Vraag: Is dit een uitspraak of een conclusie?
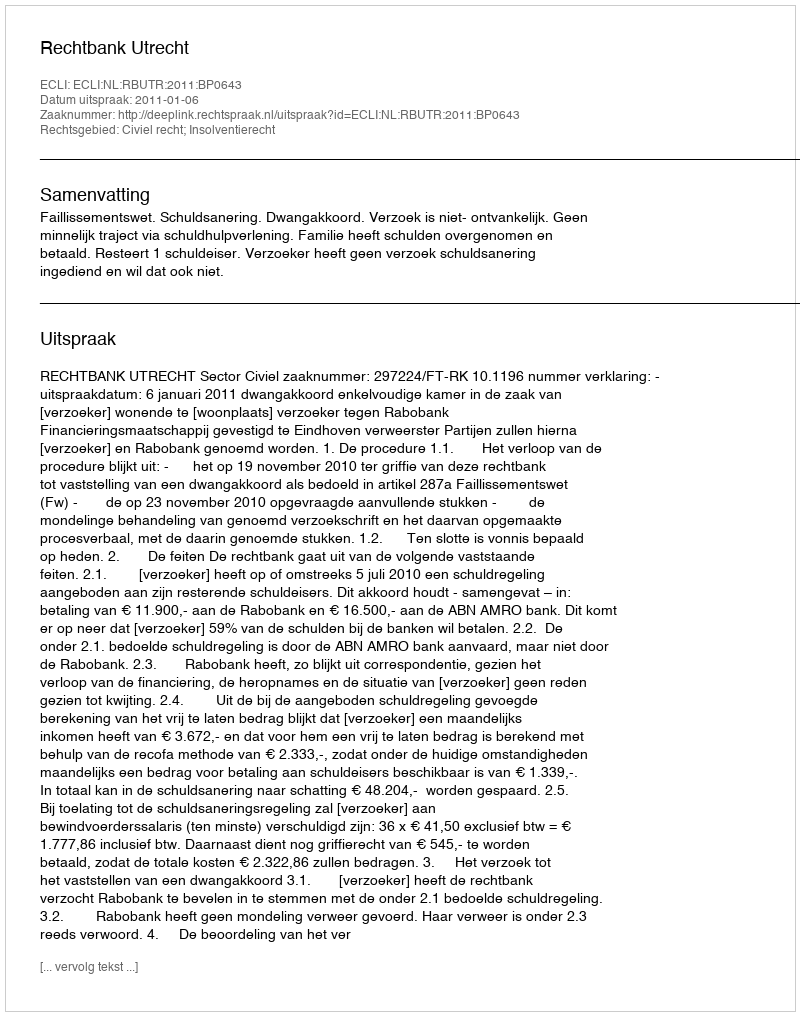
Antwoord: Uitspraak